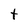
Character: t